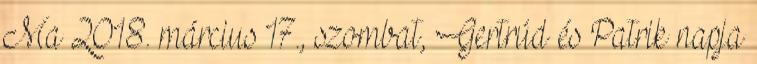
Ma 2018. március 17., szombat, Gertrúd és Patrik napja